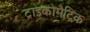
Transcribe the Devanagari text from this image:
ट्राइकोमैटिक